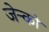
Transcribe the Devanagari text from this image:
जेन्को